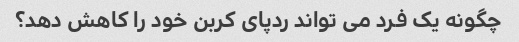
چگونه یک فرد می تواند ردپای کربن خود را کاهش دهد؟